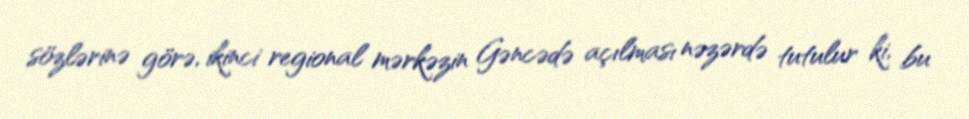
sözlərinə görə, ikinci regional mərkəzin Gəncədə açılması nəzərdə tutulur ki, bu